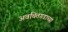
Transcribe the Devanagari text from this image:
अवचितगडाच्या